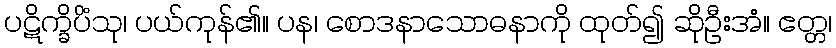
ပဋိက္ခိပိံသု၊ ပယ်ကုန်၏။ ပန၊ စောဒနာသောဓနာကို ထုတ်၍ ဆိုဦးအံ။ ဧတ္တ၊